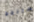
ستنجح